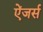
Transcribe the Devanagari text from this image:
ऐंजर्स